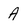
Character: A